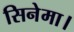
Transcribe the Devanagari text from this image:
सिनेमा।